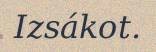
Izsákot.